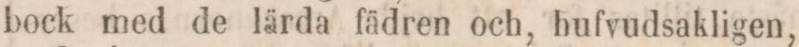
bock med de lärda fädren och, hufvudsakligen,